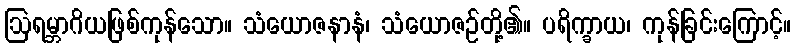
ဩရမ္ဘာဂိယဖြစ်ကုန်သော။ သံယောဇနာနံ၊ သံယောဇဉ်တို့၏။ ပရိက္ခာယ၊ ကုန်ခြင်းကြောင့်။